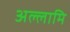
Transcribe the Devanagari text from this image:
अल्लामि